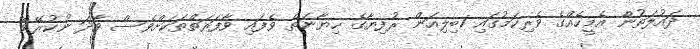
ދައުލަތުން އެމީހެއްގެ ވެރިކަމުގައި 1ބިލިއަން ރުފިޔާގެ ހިޔާނަތް ވެފައި ވާފަރަތްތަކަށްވެސް ވާދަ ނުކުރޭވޭ